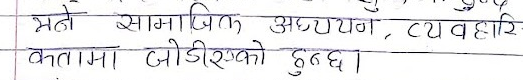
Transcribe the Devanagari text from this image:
भने सामाजिक अध्ययन, व्यवहारिकतामा जोडिएको हुन्छ।